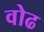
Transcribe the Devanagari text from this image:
वोढ